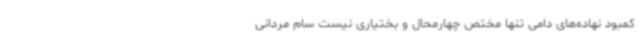
کمبود نهاده‌های دامی تنها مختص چهارمحال و بختیاری نیست سام مردانی